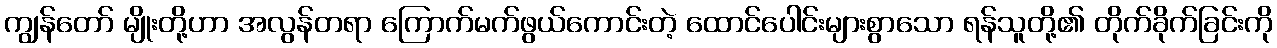
ကျွန်တော် မျိုးတို့ဟာ အလွန်တရာ ကြောက်မက်ဖွယ်ကောင်းတဲ့ ထောင်ပေါင်းများစွာသော ရန်သူတို့၏ တိုက်ခိုက်ခြင်းကို